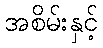
အစိမ်းနှင့်